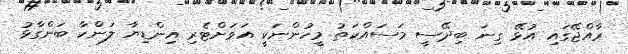
ރާއްޖޭގައި އުޅޭ ގިނަ ބިދޭސީ މަސައްކަތު މީހުންނަކީ އަވަށްޓެރި އިންޑިޔާ ލަންކާ ބަންގާޅު